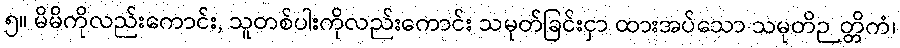
၅။ မိမိကိုလည်းကောင်း, သူတစ်ပါးကိုလည်းကောင်း သမုတ်ခြင်းငှာ ထားအပ်သော သမုတိဉတ္တိကံ၊